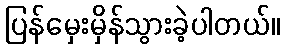
ပြန်မှေးမှိန်သွားခဲ့ပါတယ်။